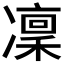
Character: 凜